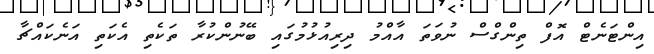
އިންޓަނެޓް އޮފް ތިންގްސް ނުވަތަ އާއްމު ދިރިއުޅުމުގައި ބޭނުންކުރާ ތަކެތި އެކަތި އަނެކައްޗާ